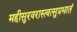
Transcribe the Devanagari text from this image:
महीसुरवरास्त्वत्सुप्रभातं